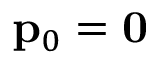
\mathbf { p } _ { 0 } = \mathbf { 0 }